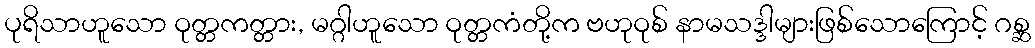
ပုရိသာဟူသော ဝုတ္တကတ္တား, မဂ္ဂါဟူသော ဝုတ္တကံတို့က ဗဟုဝုစ် နာမသဒ္ဒါများဖြစ်သောကြောင့် ဂစ္ဆ